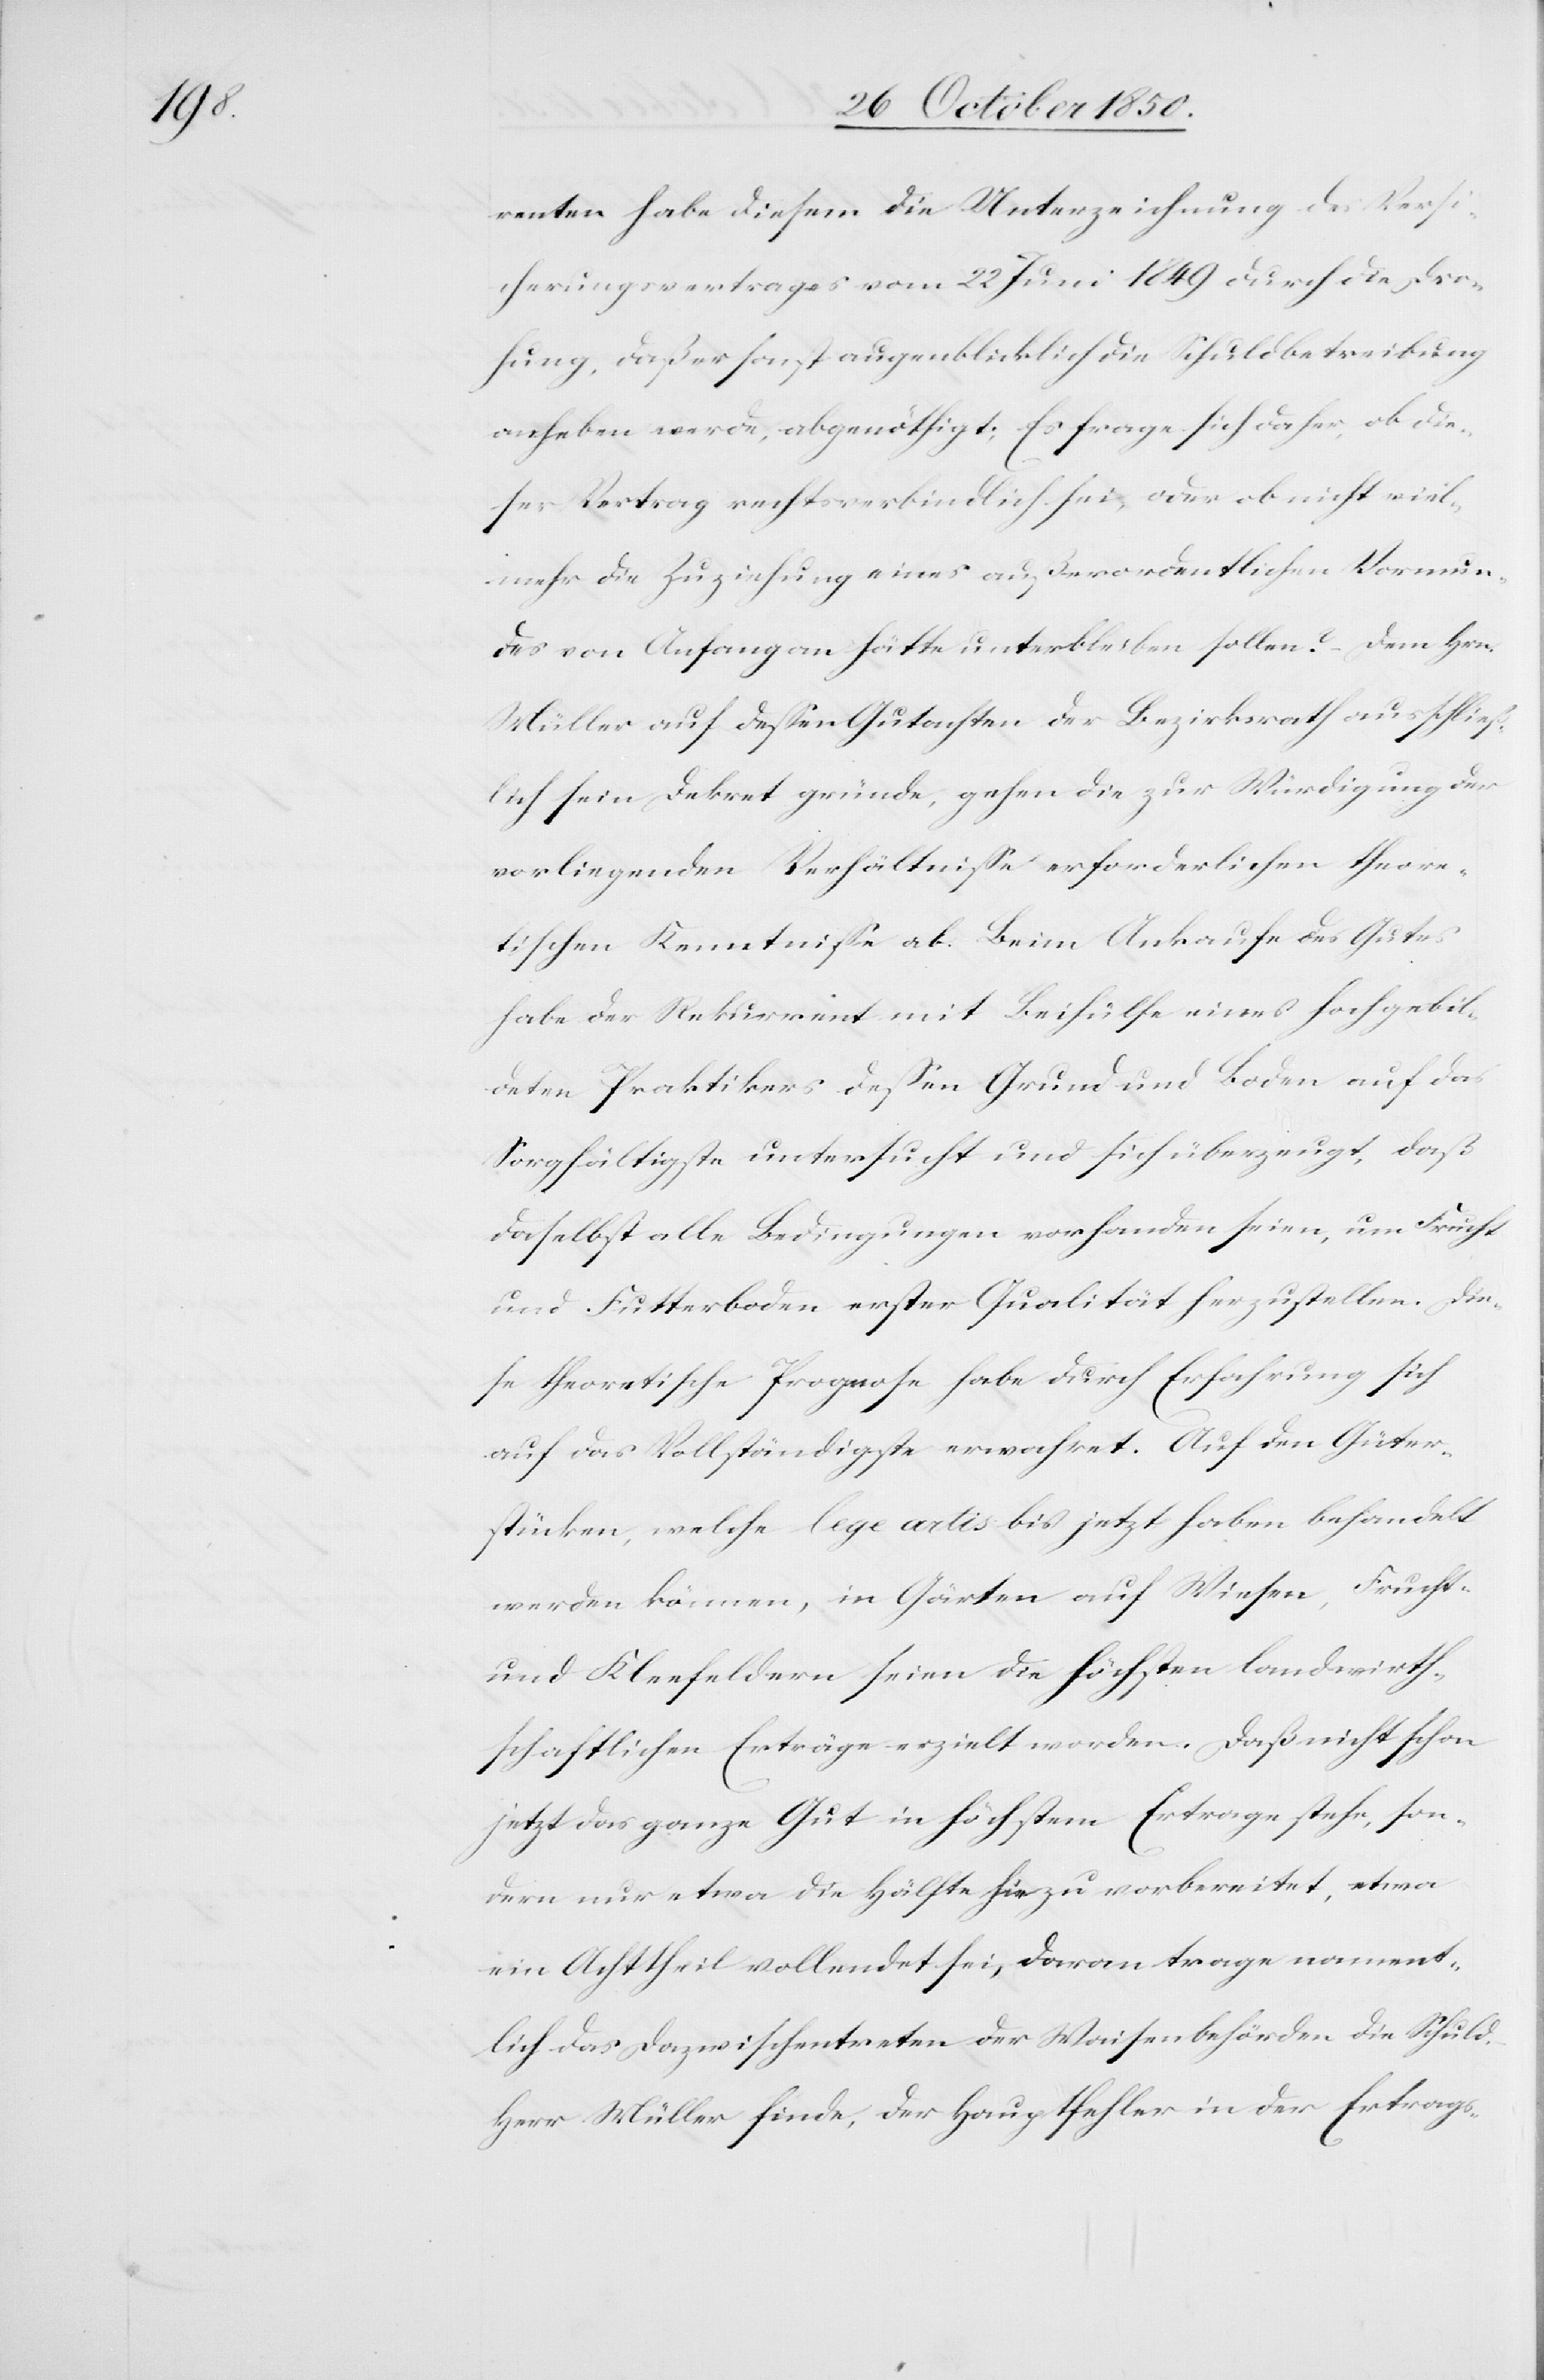
renten habe diesem die Unterzeichnung des Versi¬
cherungsvertrages vom 22 Juni 1849 durch die Dro¬
hung, daß er sonst augenblicklich die Schuldbetreibung
anheben werde, abgenöthigt; Es frage sich daher, ob die¬
ser Vertrag rechtsverbindlich sei, oder ob nicht viel¬
mehr die Zuziehung eines außerordentlichen Vormun¬
des von Anfang an hätte unterbleiben sollen? – Dem Hrn.
Müller auf dessen Gutachten der Bezirksrath ausschließ¬
lich sein Dekret gründe, gehen die zur Würdigung der
vorliegenden Verhältnisse erforderlichen theore¬
tischen Kenntnisse ab. Beim Ankaufe des Gutes
habe der Rekurrent mit Beihülfe eines hochgebil¬
deten Praktikers dessen Grund und Boden auf das
Sorgfältigste untersucht und sich überzeugt, daß
daselbst alle Bedingungen vorhanden seien, um Frucht
und Futterboden erster Qualität herzustellen. Die¬
se theoretische Prognose habe durch Erfahrung sich
auf das Vollständigste verwahret. Auf den Güter¬
stücken, welche lege artis bis jetzt haben behandelt
werden können, in Gärten auf Wiesen, Frucht-
und Kleefeldern seien die höchsten landwirth¬
schaftlichen Erträge erzielt worden. Daß nicht schon
jetzt das ganze Gut in höchstem Ertrage stehe, son¬
dern nur etwa die Hälfte hiezu vorbereitet, etwa
ein Achttheil vollendet sei, daran trage nament¬
lich das Dazwischentreten der Waisenbehörden die Schuld.
Herr Müller finde, der Hauptfehler in der Ertrags-